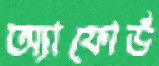
অ্যাফোর্ড